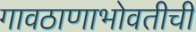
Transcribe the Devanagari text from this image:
गावठाणाभोवतीची